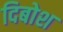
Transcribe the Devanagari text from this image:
दिबोश